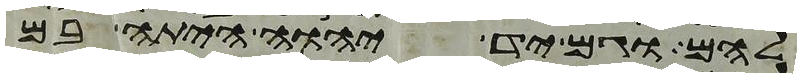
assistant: להם וגם יד יהוה היתה בם